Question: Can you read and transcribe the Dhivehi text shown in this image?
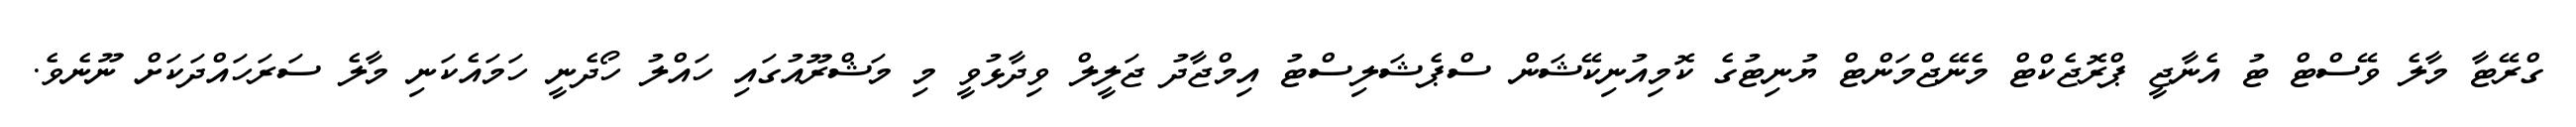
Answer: ގްރޭޓާ މާލެ ވޭސްޓް ޓު އެނާޖީ ޕްރޮޖެކްޓް މެނޭޖްމަންޓް ޔުނިޓުގެ ކޮމިއުނިކޭޝަން ސްޕެޝަލިސްޓު އިމްޖާދު ޖަލީލް ވިދާޅުވީ މި މަޝްރޫއުގައި ހައްލު ހޯދެނީ ހަމައެކަނި މާލެ ސަރަހައްދަކަށް ނޫނެވެ.